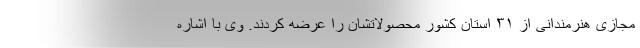
مجازی هنرمندانی از ۳۱ استان کشور محصولاتشان را عرضه کردند. وی با اشاره